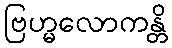
ဗြဟ္မလောကန္တိ